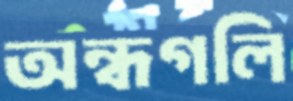
অন্ধগলি